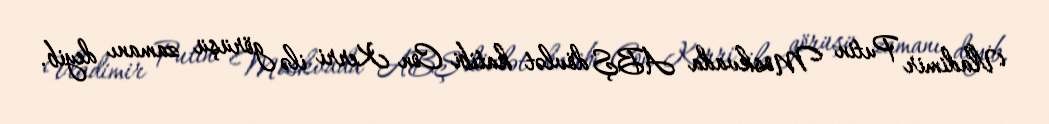
Vladimir Putin Moskvada ABŞ dövlət katibi Con Kerri ilə görüşü zamanı deyib.